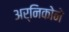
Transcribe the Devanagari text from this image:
अर्निकोने